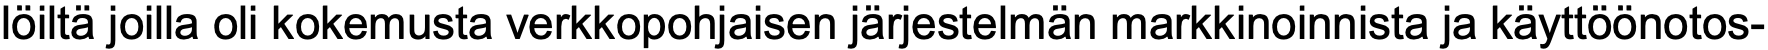
löiltä joilla oli kokemusta verkkopohjaisen järjestelmän markkinoinnista ja käyttöönotos-